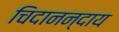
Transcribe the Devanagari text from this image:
चिदानन्दाय